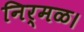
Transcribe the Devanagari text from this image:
निर्मळ।